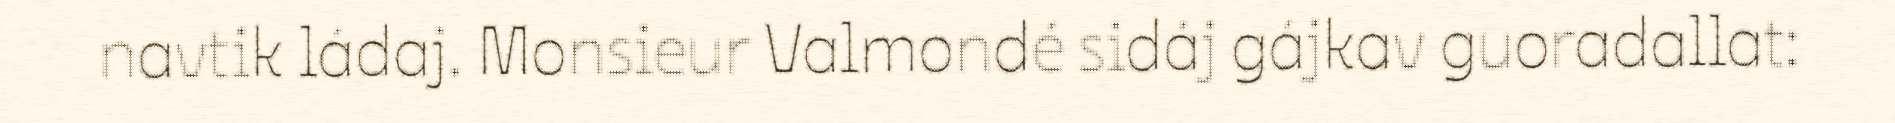
navtik ládaj. Monsieur Valmondé sidáj gájkav guoradallat: